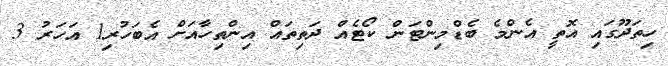
ހިތަދޫގައި އޮތީ އެންމެ ބެޑްމިންޓަން ކޯޓެއް ދަތިތައް އިންތިހާއަށް އެބަހުރި1 އަހަރު 3